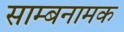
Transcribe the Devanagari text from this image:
साम्बनामक